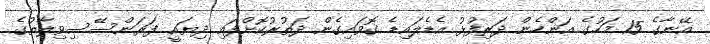
އޭނާގެ 15 މަހުގެ އަންހެން ދަރިފުޅު އެޑެލައިޑެ ގޮވައިގެން ދަތުރުކޮށްފައި ދިޔައީ ފަރަންސޭސިވިލާތުގެ